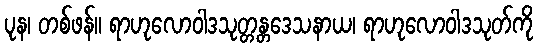
ပုန၊ တစ်ဖန်။ ရာဟုလောဝါဒသုတ္တန္တဒေသနာယ၊ ရာဟုလောဝါဒသုတ်ကို